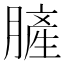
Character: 䐮